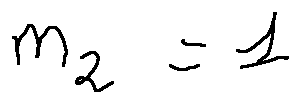
m _ { 2 } = 1